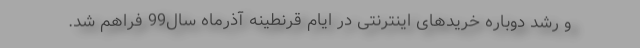
و رشد دوباره خریدهای اینترنتی در ایام قرنطینه آذرماه سال99 فراهم شد.